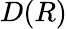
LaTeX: D(R)